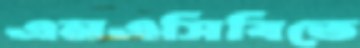
এনএসিবিতে